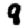
Digit: 8